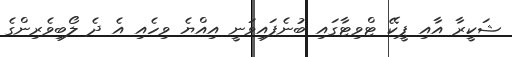
ޝަކީރާ އާއި ޕީކޭ ޓްވިޓާގައި ބުނެފައިވަނީ އިއްޔެ ވިހެއި އެ ދެ ލޯބިވެރިންގެ